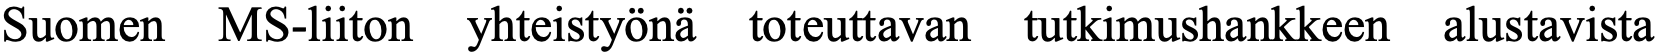
Suomen MS-liiton yhteistyönä toteuttavan tutkimushankkeen alustavista